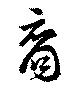
裔